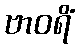
ဗာဝရိံ